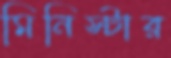
মিনিস্টার